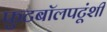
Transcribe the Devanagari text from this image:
फुटबॉलपटूंशी